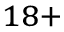
^ { 1 8 + }